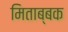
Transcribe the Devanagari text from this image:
मिताब्बक